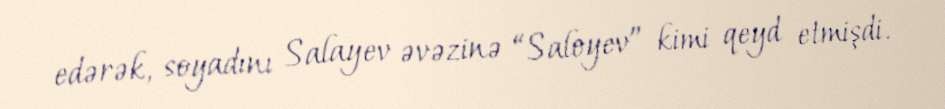
edərək, soyadını Salayev əvəzinə “Saloyev” kimi qeyd etmişdi.